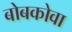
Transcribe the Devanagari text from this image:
बोबकोवा